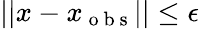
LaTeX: ||x-x_{\mathrm{~o~b~s~}}||\leq\epsilon